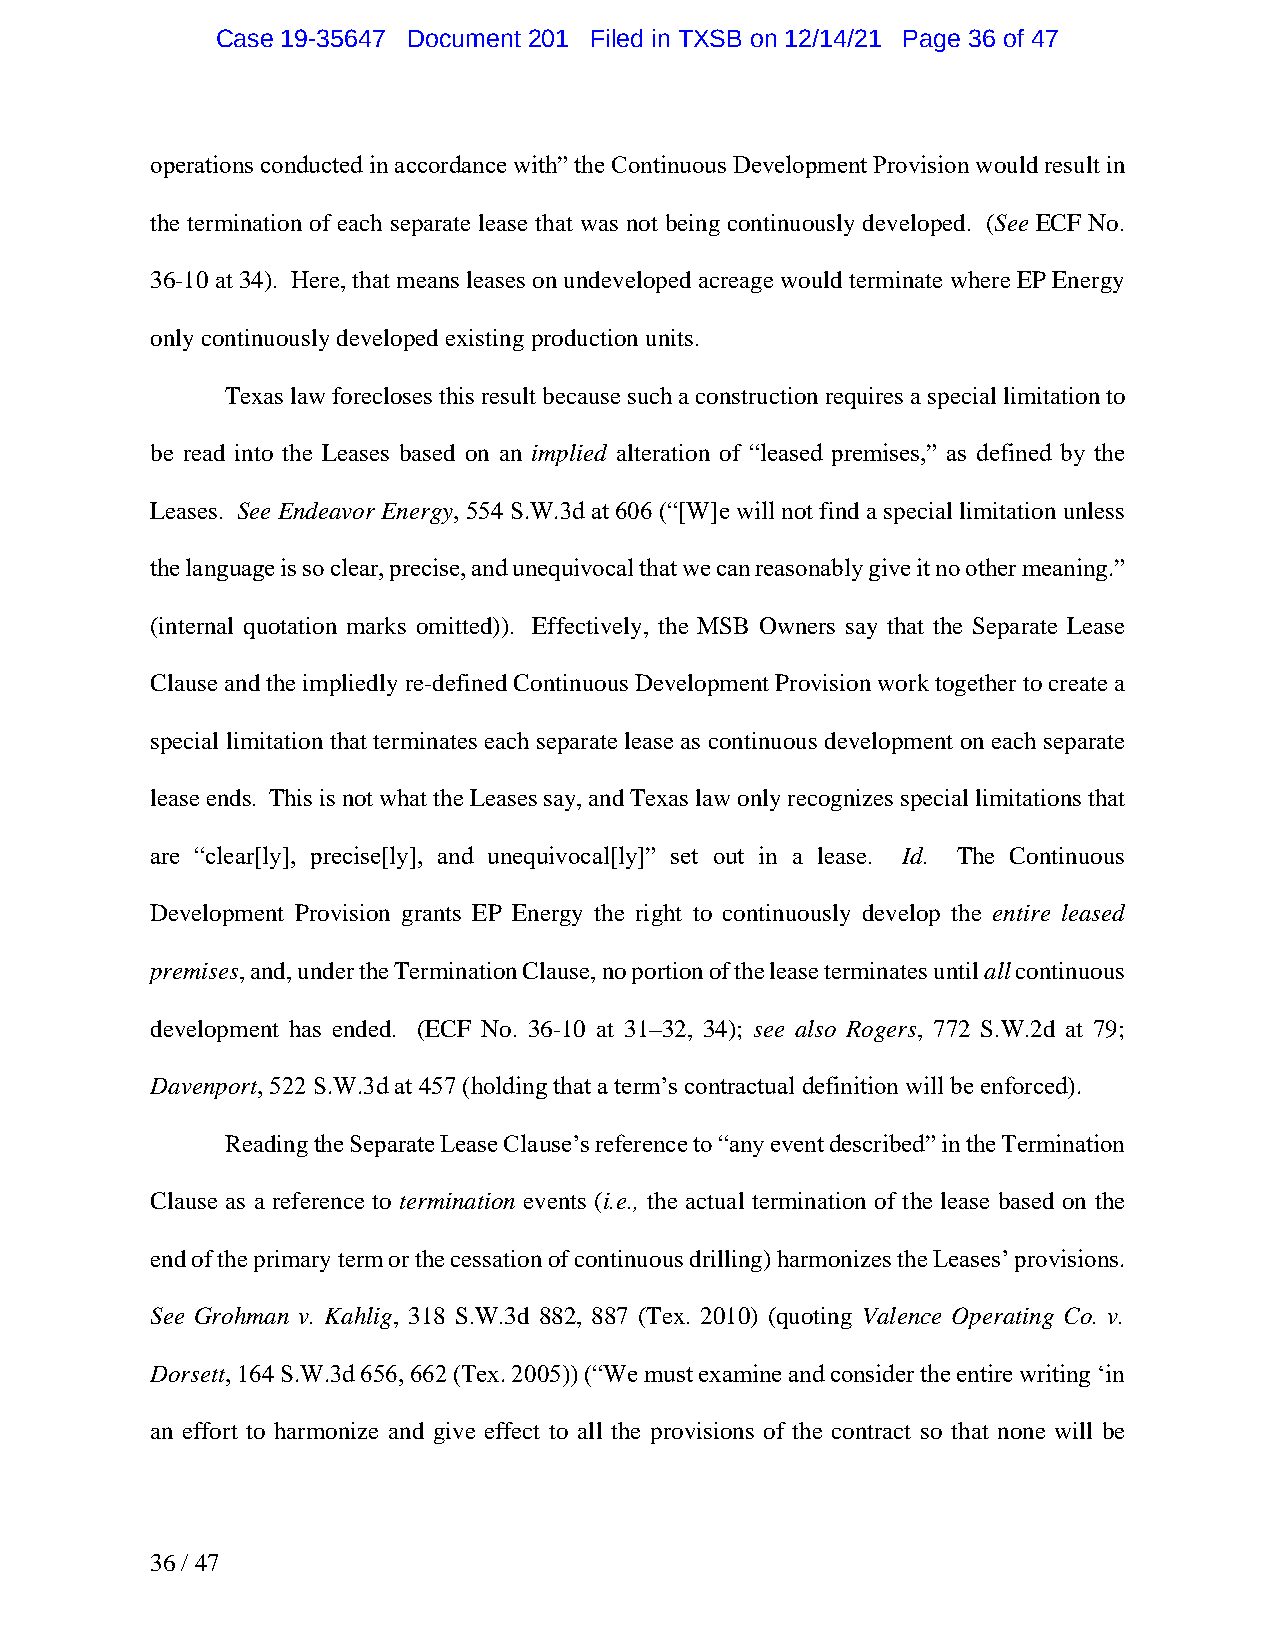
Case 19-35647 Document 201 Filed in TXSB on 12/14/21 Page 36 of 47
 operations conducted in accordance with” the Continuous Development Provision would result in
 the termination of each separate lease that was not being continuously developed. (See ECF No.
 36-10 at 34). Here, that means leases on undeveloped acreage would terminate where EP Energy
 only continuously developed existing production units.
 Texas law forecloses this result because such a construction requires a special limitation to
 be read into the Leases based on an implied alteration of “leased premises,” as defined by the
 Leases. See Endeavor Energy, 554 S.W.3d at 606 (“[W]e will not find a special limitation unless
 the language is so clear, precise, and unequivocal that we can reasonably give it no other meaning.”
 (internal quotation marks omitted)). Effectively, the MSB Owners say that the Separate Lease
 Clause and the impliedly re-defined Continuous Development Provision work together to create a
 special limitation that terminates each separate lease as continuous development on each separate
 lease ends. This is not what the Leases say, and Texas law only recognizes special limitations that
 are “clear[ly], precise[ly], and unequivocal[ly]” set out in a lease. Id. The Continuous
 Development Provision grants EP Energy the right to continuously develop the entire leased
 premises, and, under the Termination Clause, no portion of the lease terminates until all continuous
 development has ended. (ECF No. 36-10 at 31–32, 34); see also Rogers, 772 S.W.2d at 79;
 Davenport, 522 S.W.3d at 457 (holding that a term’s contractual definition will be enforced).
 Reading the Separate Lease Clause’s reference to “any event described” in the Termination
 Clause as a reference to termination events (i.e., the actual termination of the lease based on the
 end of the primary term or the cessation of continuous drilling) harmonizes the Leases’ provisions.
 See Grohman v. Kahlig, 318 S.W.3d 882, 887 (Tex. 2010) (quoting Valence Operating Co. v.
 Dorsett, 164 S.W.3d 656, 662 (Tex. 2005)) (“We must examine and consider the entire writing ‘in
 an effort to harmonize and give effect to all the provisions of the contract so that none will be
 36 / 47